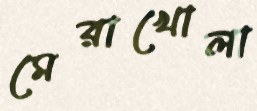
মেরাখোলা